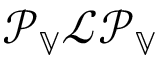
\mathcal { P } _ { \mathbb { V } } \mathcal { L } \mathcal { P } _ { \mathbb { V } }